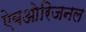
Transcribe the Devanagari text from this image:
ऐबओरिजनल